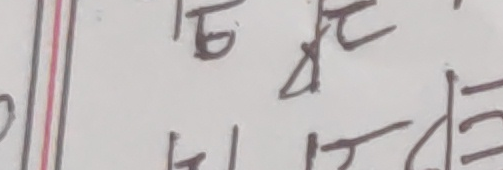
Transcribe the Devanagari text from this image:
६४। तर भने